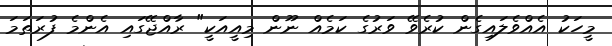
މީހަކު އެއްވެލައިގެން ކުރެވޭ ވަރުގެ ކަމެއް ނޫން މިއީއަކީ" ރާއްޖޭގައި އެންމެ ފުރަތަމަ